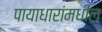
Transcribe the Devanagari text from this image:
पायाधारांमधील